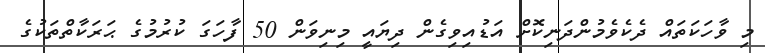
މި ވާހަކަތައް ދެކެވެމުންދަނިކޮށް އަޑުއިވިގެން ދިޔައީ މިނިވަން 50 ފާހަގަ ކުރުމުގެ ޙަރަކާތްތަކުގެ